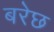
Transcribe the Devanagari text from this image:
बरेछ